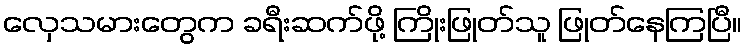
လှေသမားတွေက ခရီးဆက်ဖို့ ကြိုးဖြုတ်သူ ဖြုတ်နေကြပြီ။